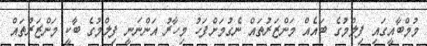
މުމްބާއީގައި ފިލްމުގެ ބައެއް މަންޒަރުތައް ނެގުމަށްފަހު މިހާރު އަންނަނީ ފިލްމުގެ ބާކީ މަންޒަރުތައް